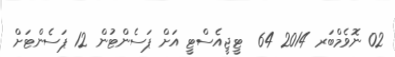
02 ނޮވެމްބަރ 2014 64  ޓީޖީއެސްޓީ އަށް ޕަސެންޓުން 12 ޕަސެންޓަށް